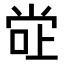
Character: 𫵂